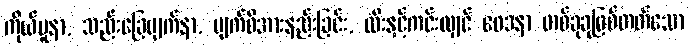
ကိုယ်ပူနာ, သည်းခြေပျက်နာ, မျက်စိအားနည်းခြင်း, ထီးနှင့်ကင်းလျှင် ဝေဒနာ တစ်ခုခုဖြစ်တတ်သော